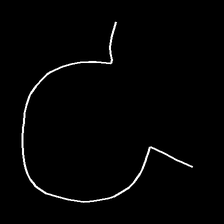
Glyph: weave